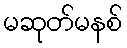
မဆုတ်မနစ်